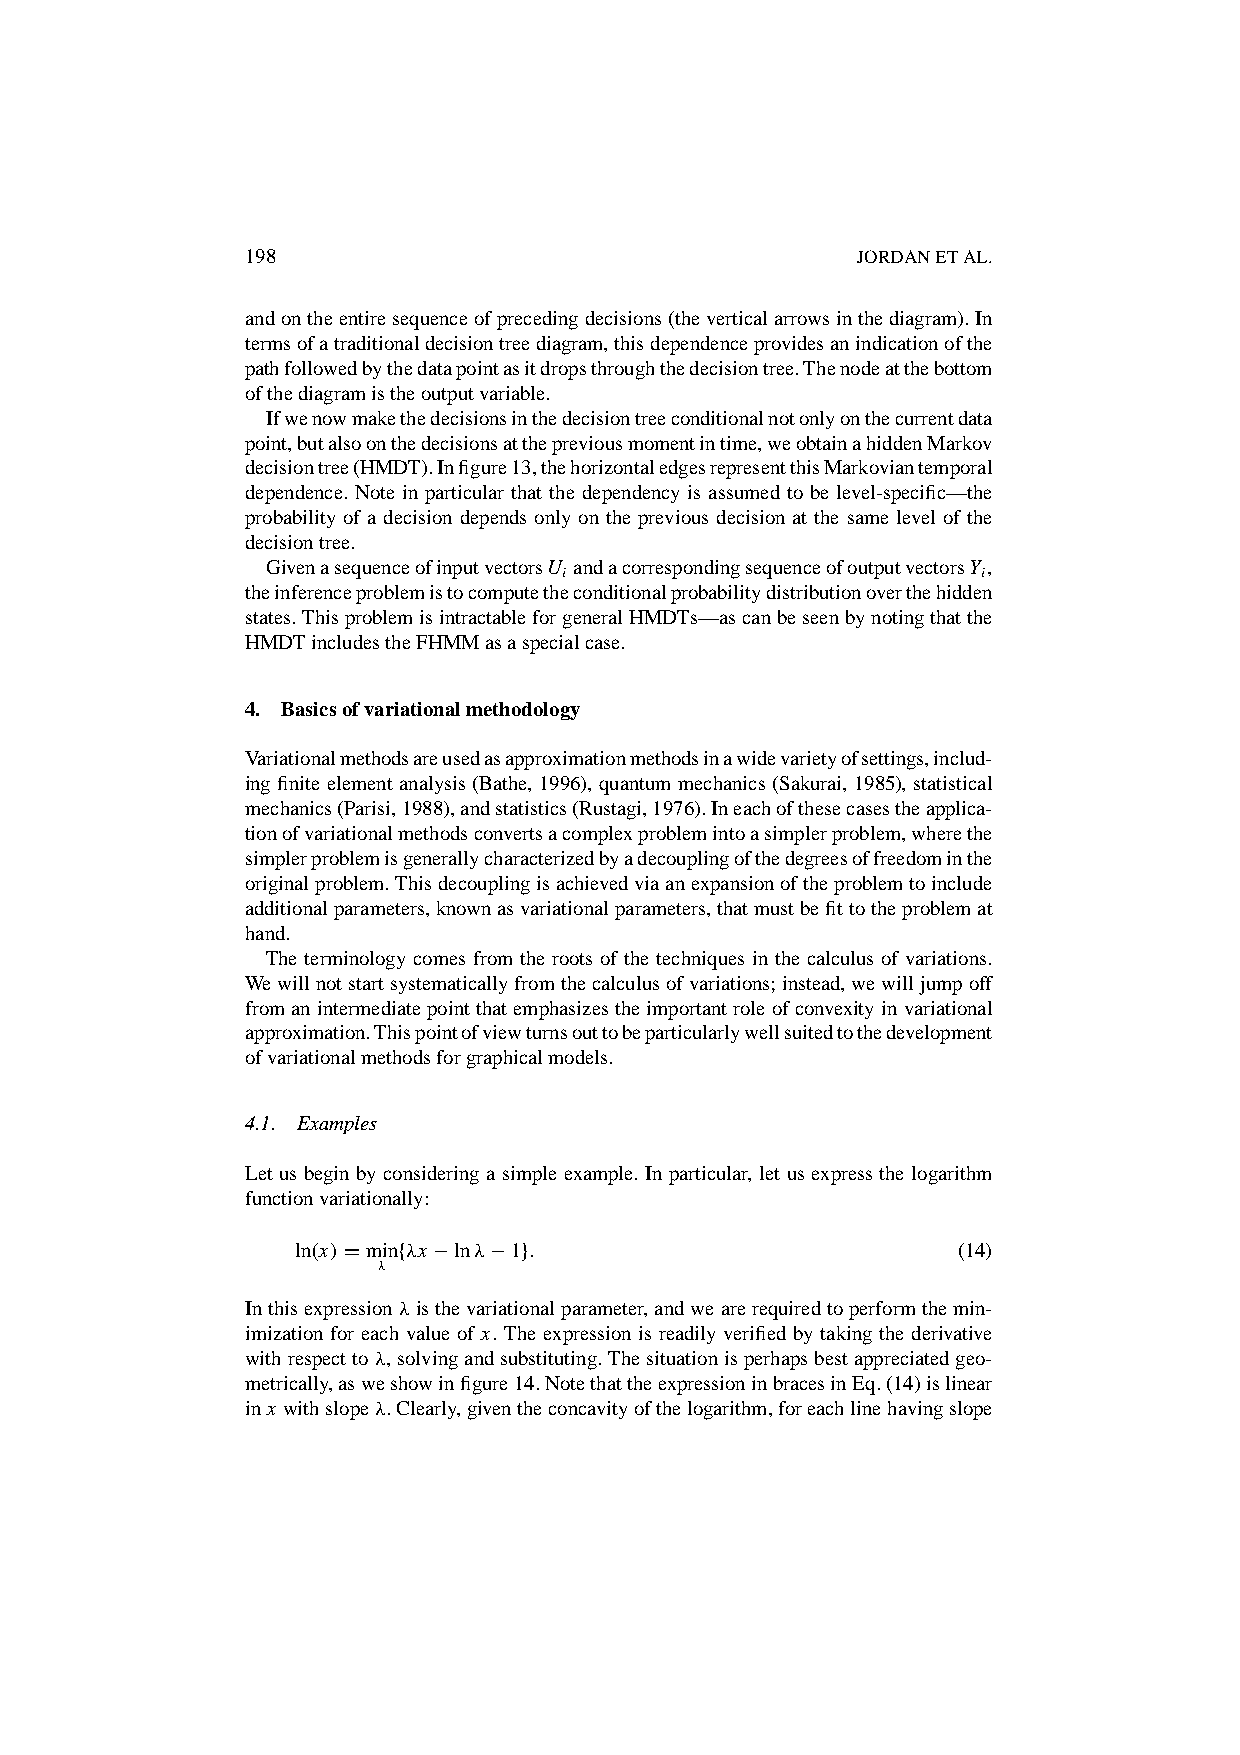
198                                      JORDANETAL.
 andontheentiresequenceofprecedingdecisions(theverticalarrowsinthediagram).In
 termsofatraditionaldecisiontreediagram,thisdependenceprovidesanindicationofthe
 pathfollowedbythedatapointasitdropsthroughthedecisiontree.Thenodeatthebottom
 ofthediagramistheoutputvariable.
 Ifwenowmakethedecisionsinthedecisiontreeconditionalnotonlyonthecurrentdata
 point,butalsoonthedecisionsatthepreviousmomentintime,weobtainahiddenMarkov
 decisiontree(HMDT).Infigure13,thehorizontaledgesrepresentthisMarkoviantemporal
 dependence. Note in particular that the dependency is assumed to be level-specific—the
 probability of a decision depends only on the previous decision at the same level of the
 decisiontree.
 GivenasequenceofinputvectorsU andacorrespondingsequenceofoutputvectorsY ,
 i                           i
 theinferenceproblemistocomputetheconditionalprobabilitydistributionoverthehidden
 states.ThisproblemisintractableforgeneralHMDTs—ascanbeseenbynotingthatthe
 HMDTincludestheFHMMasaspecialcase.
 4. Basicsofvariationalmethodology
 Variationalmethodsareusedasapproximationmethodsinawidevarietyofsettings,includ-
 ing finite element analysis (Bathe, 1996), quantum mechanics (Sakurai, 1985), statistical
 mechanics(Parisi,1988),andstatistics(Rustagi,1976).Ineachofthesecasestheapplica-
 tionofvariationalmethodsconvertsacomplexproblemintoasimplerproblem,wherethe
 simplerproblemisgenerallycharacterizedbyadecouplingofthedegreesoffreedominthe
 originalproblem.Thisdecouplingisachievedviaanexpansionoftheproblemtoinclude
 additionalparameters,knownasvariationalparameters,thatmustbefittotheproblemat
 hand.
 The terminology comes from the roots of the techniques in the calculus of variations.
 Wewillnotstartsystematicallyfromthecalculusofvariations;instead,wewilljumpoff
 fromanintermediatepointthatemphasizestheimportantroleofconvexityinvariational
 approximation.Thispointofviewturnsouttobeparticularlywellsuitedtothedevelopment
 ofvariationalmethodsforgraphicalmodels.
 4.1. Examples
 Let us begin by considering a simple example. In particular, let us express the logarithm
 functionvariationally:
 ln.x/Dminf‚x ¡ln‚¡1g:                      (14)
 ‚
 Inthisexpression‚isthevariationalparameter,andwearerequiredtoperformthemin-
 imization for each value of x. The expression is readily verified by taking the derivative
 withrespectto‚,solvingandsubstituting.Thesituationisperhapsbestappreciatedgeo-
 metrically,asweshowinfigure14.NotethattheexpressioninbracesinEq.(14)islinear
 inx withslope‚.Clearly,giventheconcavityofthelogarithm,foreachlinehavingslope